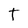
Character: T